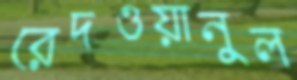
রেদওয়ানুল